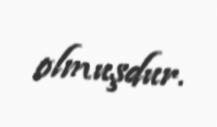
olmuşdur.